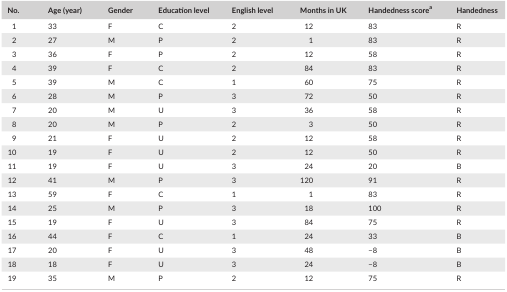
<table><thead><tr><td><b>No.</b></td><td><b>Age (year)</b></td><td><b>Gender</b></td><td><b>Education level</b></td><td><b>English level</b></td><td><b>Months in UK</b></td><td><b>Handedness scorea</b></td><td><b>Handedness</b></td></tr></thead><tbody><tr><td>1</td><td>33</td><td>F</td><td>C</td><td>2</td><td>12</td><td>83</td><td>R</td></tr><tr><td>2</td><td>27</td><td>M</td><td>P</td><td>2</td><td>1</td><td>83</td><td>R</td></tr><tr><td>3</td><td>36</td><td>F</td><td>P</td><td>2</td><td>12</td><td>58</td><td>R</td></tr><tr><td>4</td><td>39</td><td>F</td><td>C</td><td>2</td><td>84</td><td>83</td><td>R</td></tr><tr><td>5</td><td>39</td><td>M</td><td>C</td><td>1</td><td>60</td><td>75</td><td>R</td></tr><tr><td>6</td><td>28</td><td>M</td><td>P</td><td>3</td><td>72</td><td>50</td><td>R</td></tr><tr><td>7</td><td>20</td><td>M</td><td>U</td><td>3</td><td>36</td><td>58</td><td>R</td></tr><tr><td>8</td><td>20</td><td>M</td><td>P</td><td>2</td><td>3</td><td>50</td><td>R</td></tr><tr><td>9</td><td>21</td><td>F</td><td>U</td><td>2</td><td>12</td><td>58</td><td>R</td></tr><tr><td>10</td><td>19</td><td>F</td><td>U</td><td>2</td><td>12</td><td>50</td><td>R</td></tr><tr><td>11</td><td>19</td><td>F</td><td>U</td><td>3</td><td>24</td><td>20</td><td>B</td></tr><tr><td>12</td><td>41</td><td>M</td><td>P</td><td>3</td><td>120</td><td>91</td><td>R</td></tr><tr><td>13</td><td>59</td><td>F</td><td>C</td><td>1</td><td>1</td><td>83</td><td>R</td></tr><tr><td>14</td><td>25</td><td>M</td><td>P</td><td>3</td><td>18</td><td>100</td><td>R</td></tr><tr><td>15</td><td>19</td><td>F</td><td>U</td><td>3</td><td>84</td><td>75</td><td>R</td></tr><tr><td>16</td><td>44</td><td>F</td><td>C</td><td>1</td><td>24</td><td>33</td><td>B</td></tr><tr><td>17</td><td>20</td><td>F</td><td>U</td><td>3</td><td>48</td><td>−8</td><td>B</td></tr><tr><td>18</td><td>18</td><td>F</td><td>U</td><td>3</td><td>24</td><td>−8</td><td>B</td></tr><tr><td>19</td><td>35</td><td>M</td><td>P</td><td>2</td><td>12</td><td>75</td><td>R</td></tr></tbody></table>